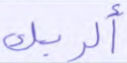
ألربك